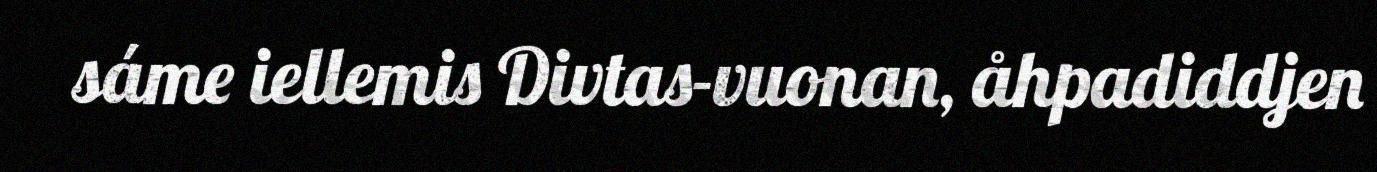
sáme iellemis Divtas-vuonan, åhpadiddjen